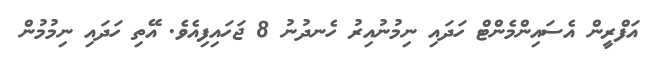
އަފްރީން އެސައިންމެންޓް ހަދައި ނިމުނުއިރު ހެނދުނު 8 ޖަހައިފިއެވެ. އޭތި ހަދައި ނިމުމުން